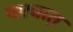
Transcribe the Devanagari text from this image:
पश्चात़